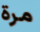
مرة